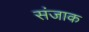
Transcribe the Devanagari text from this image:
संजाक